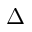
\Delta